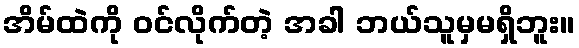
အိမ်ထဲကို ဝင်လိုက်တဲ့ အခါ ဘယ်သူမှမရှိဘူး။